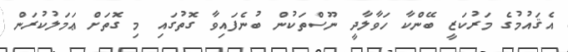
އެޤައުމުގެ މަރުކަޒީ ބޭންކާ ހަވާލާދީ ނޫސްތަކުން ބުނެފައިވާ ގޮތުގައި މި ގޮތަށް ޢަމަލުކުރަން